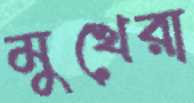
মুখেরা